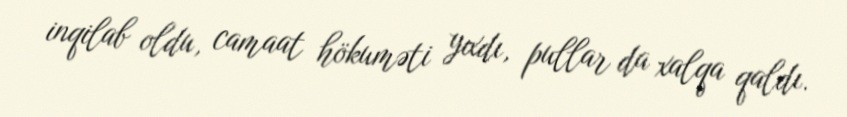
inqilab oldu, camaat hökuməti yıxdı, pullar da xalqa qaldı.